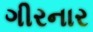
ગીરનાર